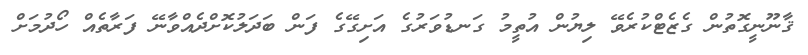
ޤާނޫނީގޮތުން ގެޒެޓްކުރެވޭ ލިޔުން އުތީމު ގަނޑުވަރުގެ އަށިގޭގެ ފަން ބަދަލުކޮށްދެއްވާނޭ ފަރާތެއް ހޯދުމަށް